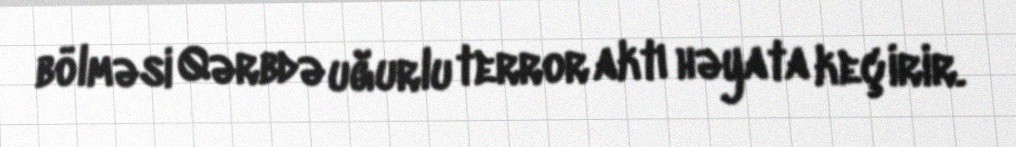
bölməsi Qərbdə uğurlu terror aktı həyata keçirir.